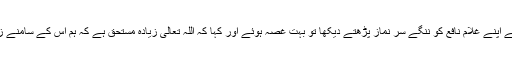
حضرت عبد اللہ بن عمرؓ نے اپنے غلام نافع کو ننگے سر نماز پڑھتے دیکھا تو بہت غصہ ہوئے اور کہا کہ اللہ تعالیٰ زیادہ مستحق ہے کہ ہم اس کے سامنے زینت کے ساتھ حاضر ہوں۔